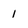
Character: 1